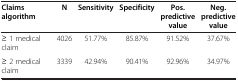
<table><thead><tr><td><b>Claims algorithm</b></td><td><b>N</b></td><td><b>Sensitivity</b></td><td><b>Specificity</b></td><td><b>Pos.predictive value</b></td><td><b>Neg.predictive value</b></td></tr></thead><tbody><tr><td>≥ 1 medical claim</td><td>4026</td><td>51.77%</td><td>85.87%</td><td>91.52%</td><td>37.67%</td></tr><tr><td>≥ 2 medical claim</td><td>3339</td><td>42.94%</td><td>90.41%</td><td>92.96%</td><td>34.97%</td></tr></tbody></table>